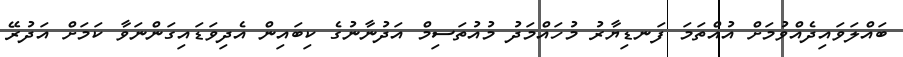
ބައްލަވައިދެއްވުމަށް އުއްތަމަ ފަނޑިޔާރު މުހައްމަދު މުއުތަސިމް އަދުނާނުގެ ކިބައިން އެދިވަޑައިގަންނަވާ ކަމަށް އަދުރޭ